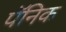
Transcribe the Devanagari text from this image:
पॅनिक